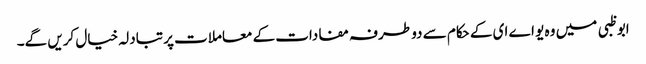
ابو ظبی میں وہ یو اے ای کے حکام سے دو طرفہ مفادات کے معاملات پر تبادلہ خیال کریں گے۔